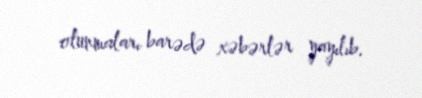
olunmaları barədə xəbərlər yayılıb.